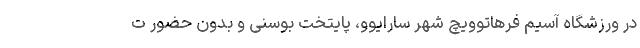
در ورزشگاه آسیم فرهاتوویچ شهر سارایوو، پایتخت بوسنی و بدون حضور ت